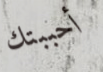
أحببتك